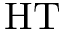
\mathrm { H T }